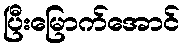
ပြီးမြောက်အောင်